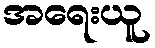
အရေးယူ